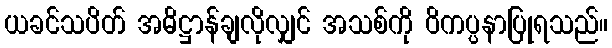
ယခင်သပိတ် အဓိဋ္ဌာန်ချလိုလျှင် အသစ်ကို ဝိကပ္ပနာပြုရသည်။